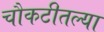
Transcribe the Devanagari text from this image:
चौकटीतल्या